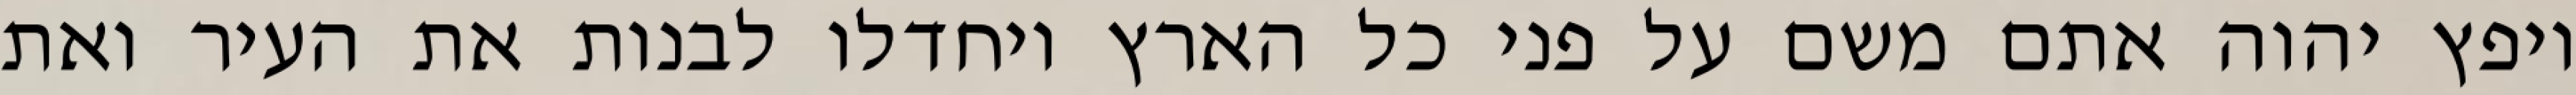
ויפץ יהוה אתם משם על פני כל הארץ ויחדלו לבנות את העיר ואת